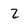
Character: Z